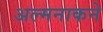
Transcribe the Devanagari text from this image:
अल्मनाकने